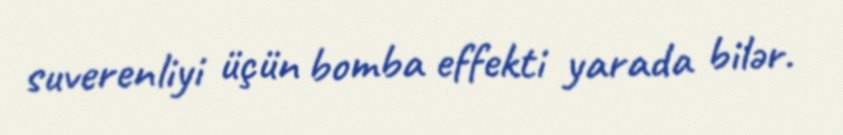
suverenliyi üçün bomba effekti yarada bilər.